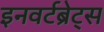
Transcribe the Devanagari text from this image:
इनवर्टब्रेट्स